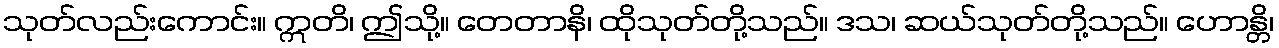
သုတ်လည်းကောင်း။ ဣတိ၊ ဤသို့။ တေတာနိ၊ ထိုသုတ်တို့သည်။ ဒသ၊ ဆယ်သုတ်တို့သည်။ ဟောန္တိ၊